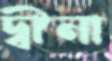
দ্বীনা